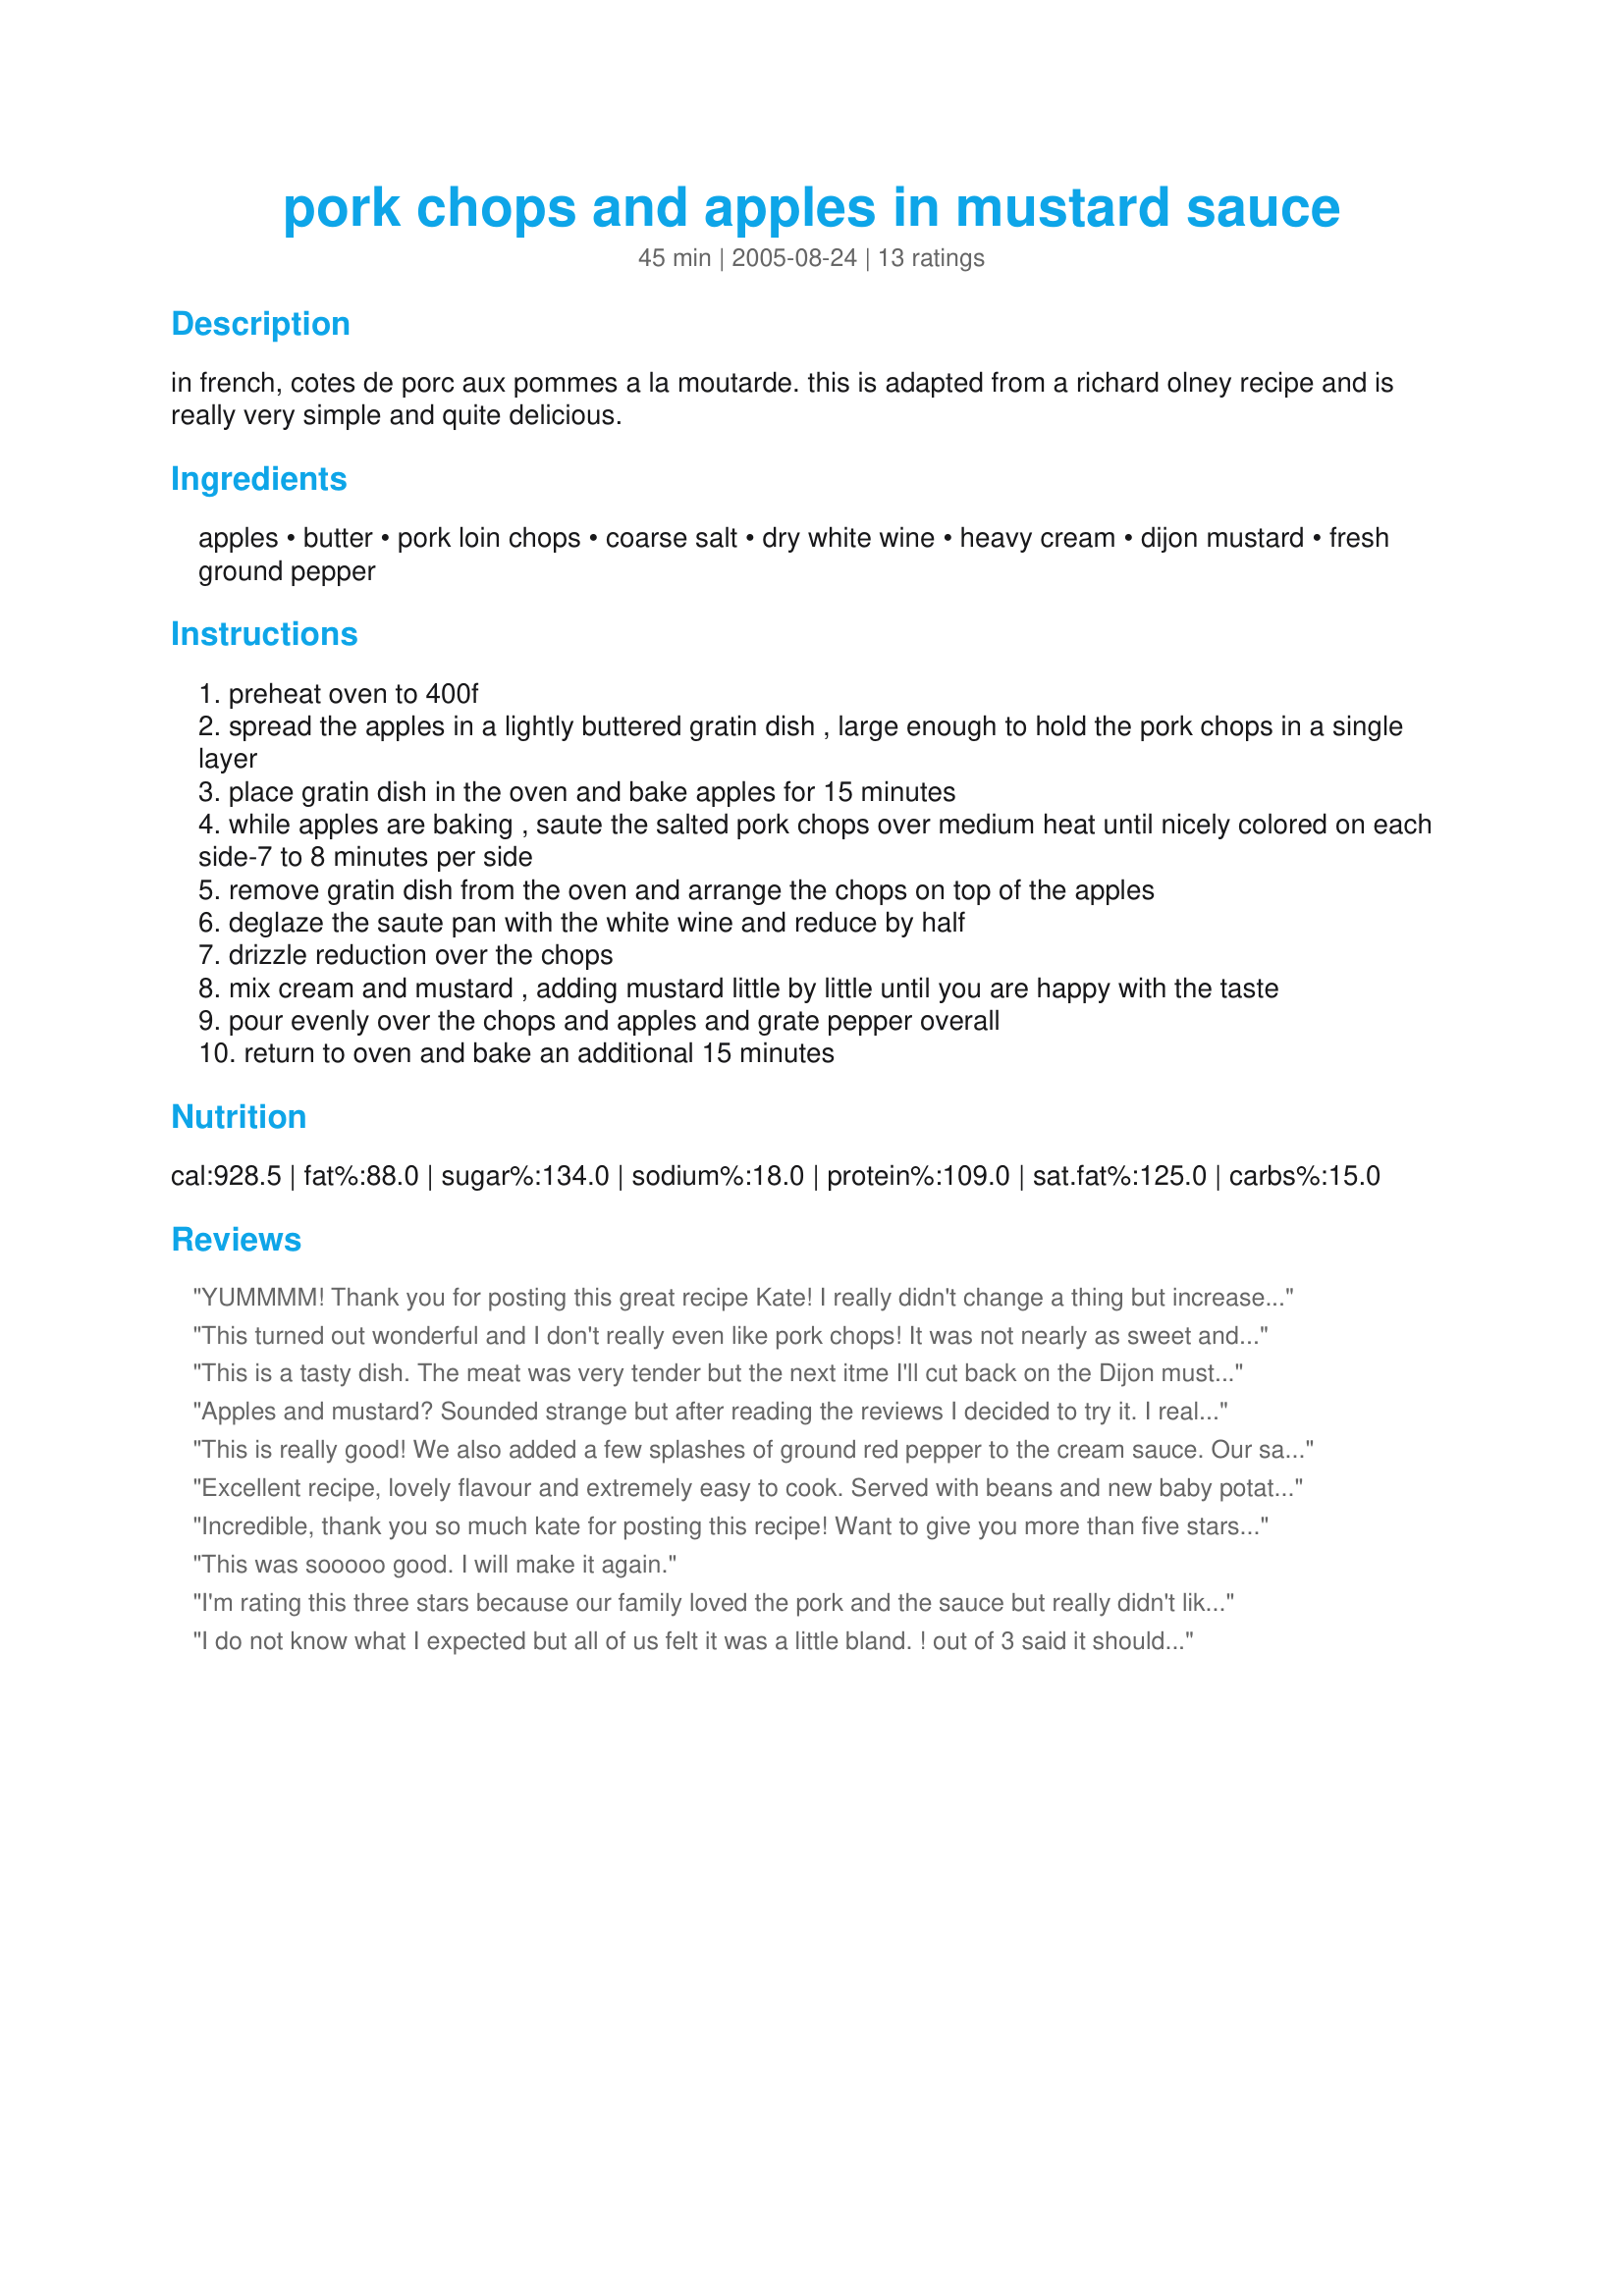
pork chops and apples in mustard sauce
Preparation time: 45 minutes

in french, cotes de porc aux pommes a la moutarde. this is adapted from a richard olney recipe and is really very simple and quite delicious.

Ingredients:
apples, butter, pork loin chops, coarse salt, dry white wine, heavy cream, dijon mustard, fresh ground pepper

Steps:
preheat oven to 400f
spread the apples in a lightly buttered gratin dish , large enough to hold the pork chops in a single layer
place gratin dish in the oven and bake apples for 15 minutes
while apples are baking , saute the salted pork chops over medium heat until nicely colored on each side-7 to 8 minutes per side
remove gratin dish from the oven and arrange the chops on top of the apples
deglaze the saute pan with the white wine and reduce by half
drizzle reduction over the chops
mix cream and mustard , adding mustard little by little until you are happy with the taste
pour evenly over the chops and apples and grate pepper overall
return to oven and bake an additional 15 minutes

Reviews:
YUMMMM! Thank you for posting this great recipe Kate! I really didn't change a thing but increase the whipping cream a bit and sprinkled some freshly grated Romano cheese over it. My DH loved this for his lunch, thanks Kate!...Kitten:)
This turned out wonderful and I don't really even like pork chops! It was not nearly as sweet and appley as I thought it would be, which is good! The mustard sauce was excellent... I think I used just under 1/3 cup, maybe more like 1/4? Oh and I used heavy cream and it worked very well. Thanks for a great recipe!
This is a tasty dish. The meat was very tender but the next itme I'll cut back on the Dijon mustard.
Apples and mustard? Sounded strange but after reading the reviews I decided to try it. I realized later that I messed up because I used sour cream and yogurt (misread the instructions). However the flavor was outstanding. This will definitely be made again in our house. DH and I loved it.
This is really good! We also added a few splashes of ground red pepper to the cream sauce. Our sauce came out a little too Dijon tasting for our tastes so next time we will cut down on the Dijon mustard and add cheese.
Excellent recipe, lovely flavour and extremely easy to cook. Served with beans and new baby potatoes. Thanks Chef Kate for another fabulous recipe.
Incredible, thank you so much kate for posting this recipe! Want to give you more than five stars!! I used golden delicious apples and boneless thin cut pork chops. The cream and dijon sauce was so good and my kitchen smelled wonderful!!
This was sooooo good. I will make it again.
I'm rating this three stars because our family loved the pork and the sauce but really didn't like the apples. My husband and I thought the flavor combination was good, but none of the kids thought the apples were good at all. I'm wondering whether replacing the apples with potatoes would work. Maybe I will try that next time. Thanks, Chef Kate!
I do not know what I expected but all of us felt it was a little bland. ! out of 3 said it should be four stars and the others did not. Maybe I did not use enough mustard. There are many who would be happy but with the bland taste and high calories and fat.
Excellent recipe! We loved the wonderful flavor in this easy to make French pork chop recipe. The apples, wine, cream, and dijon went so well with the pork chops. Thank you Chef Kate!
Fabulous. Made this on a night when hubby said at lunch that he was bringing a friend home for dinner. All I had in the freezer was pork chops, so I grabbed some Granny Smith apples. After tasting the mustard sauce, I added a couple of tablespoons of honey to up the sweetness. I used fat-free greek yogurt and fat-free milk with a really high quality whole grain dijon mustard (I think the quality of the mustard probably makes a big difference). The sauce looked a little iffy when I pulled it out of the oven, but it was fantastic. The sweetness of the apples contrasted well with the acidity of the mustard sauce. It was certainly NOT bland as other readers have commented. By ditching the cream and butter we saved tons of calories and fat. We served with short grain brown rice, roasted broccoli and a big green salad for a very healthy stick to your ribs meal. I noticed even the kids plates were clean.
Kate, I also made the mistake of being a bit heavy handed with the Dijon... and next time will cut back just a little so that it doesn't overpower the meat. Otherwise, this is lovely and we liked the fact that the pork chops cooked well, but stayed moist due to their coating. Please see my rating system: 4 stars ! Thanks !
